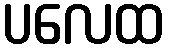
ပလေထ